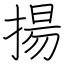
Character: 揚